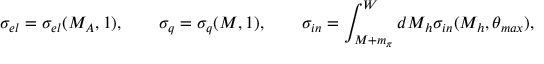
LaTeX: \sigma _ { e l } = \sigma _ { e l } ( M _ { A } , 1 ) , \qquad \sigma _ { q } = \sigma _ { q } ( M , 1 ) , \qquad \sigma _ { i n } = \int _ { M + m _ { \pi } } ^ { W } d M _ { h } \sigma _ { i n } ( M _ { h } , \theta _ { m a x } ) ,